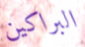
البراكين